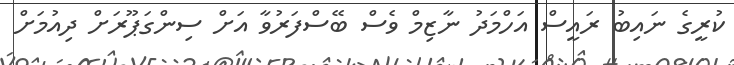
ކުރީގެ ނައިބު ރައީސް އަހްމަދު ނާޒިމް ވެސް ބޭސްފަރުވާ އަށް ސިންގަޕޫރަށް ދިއުމަށް